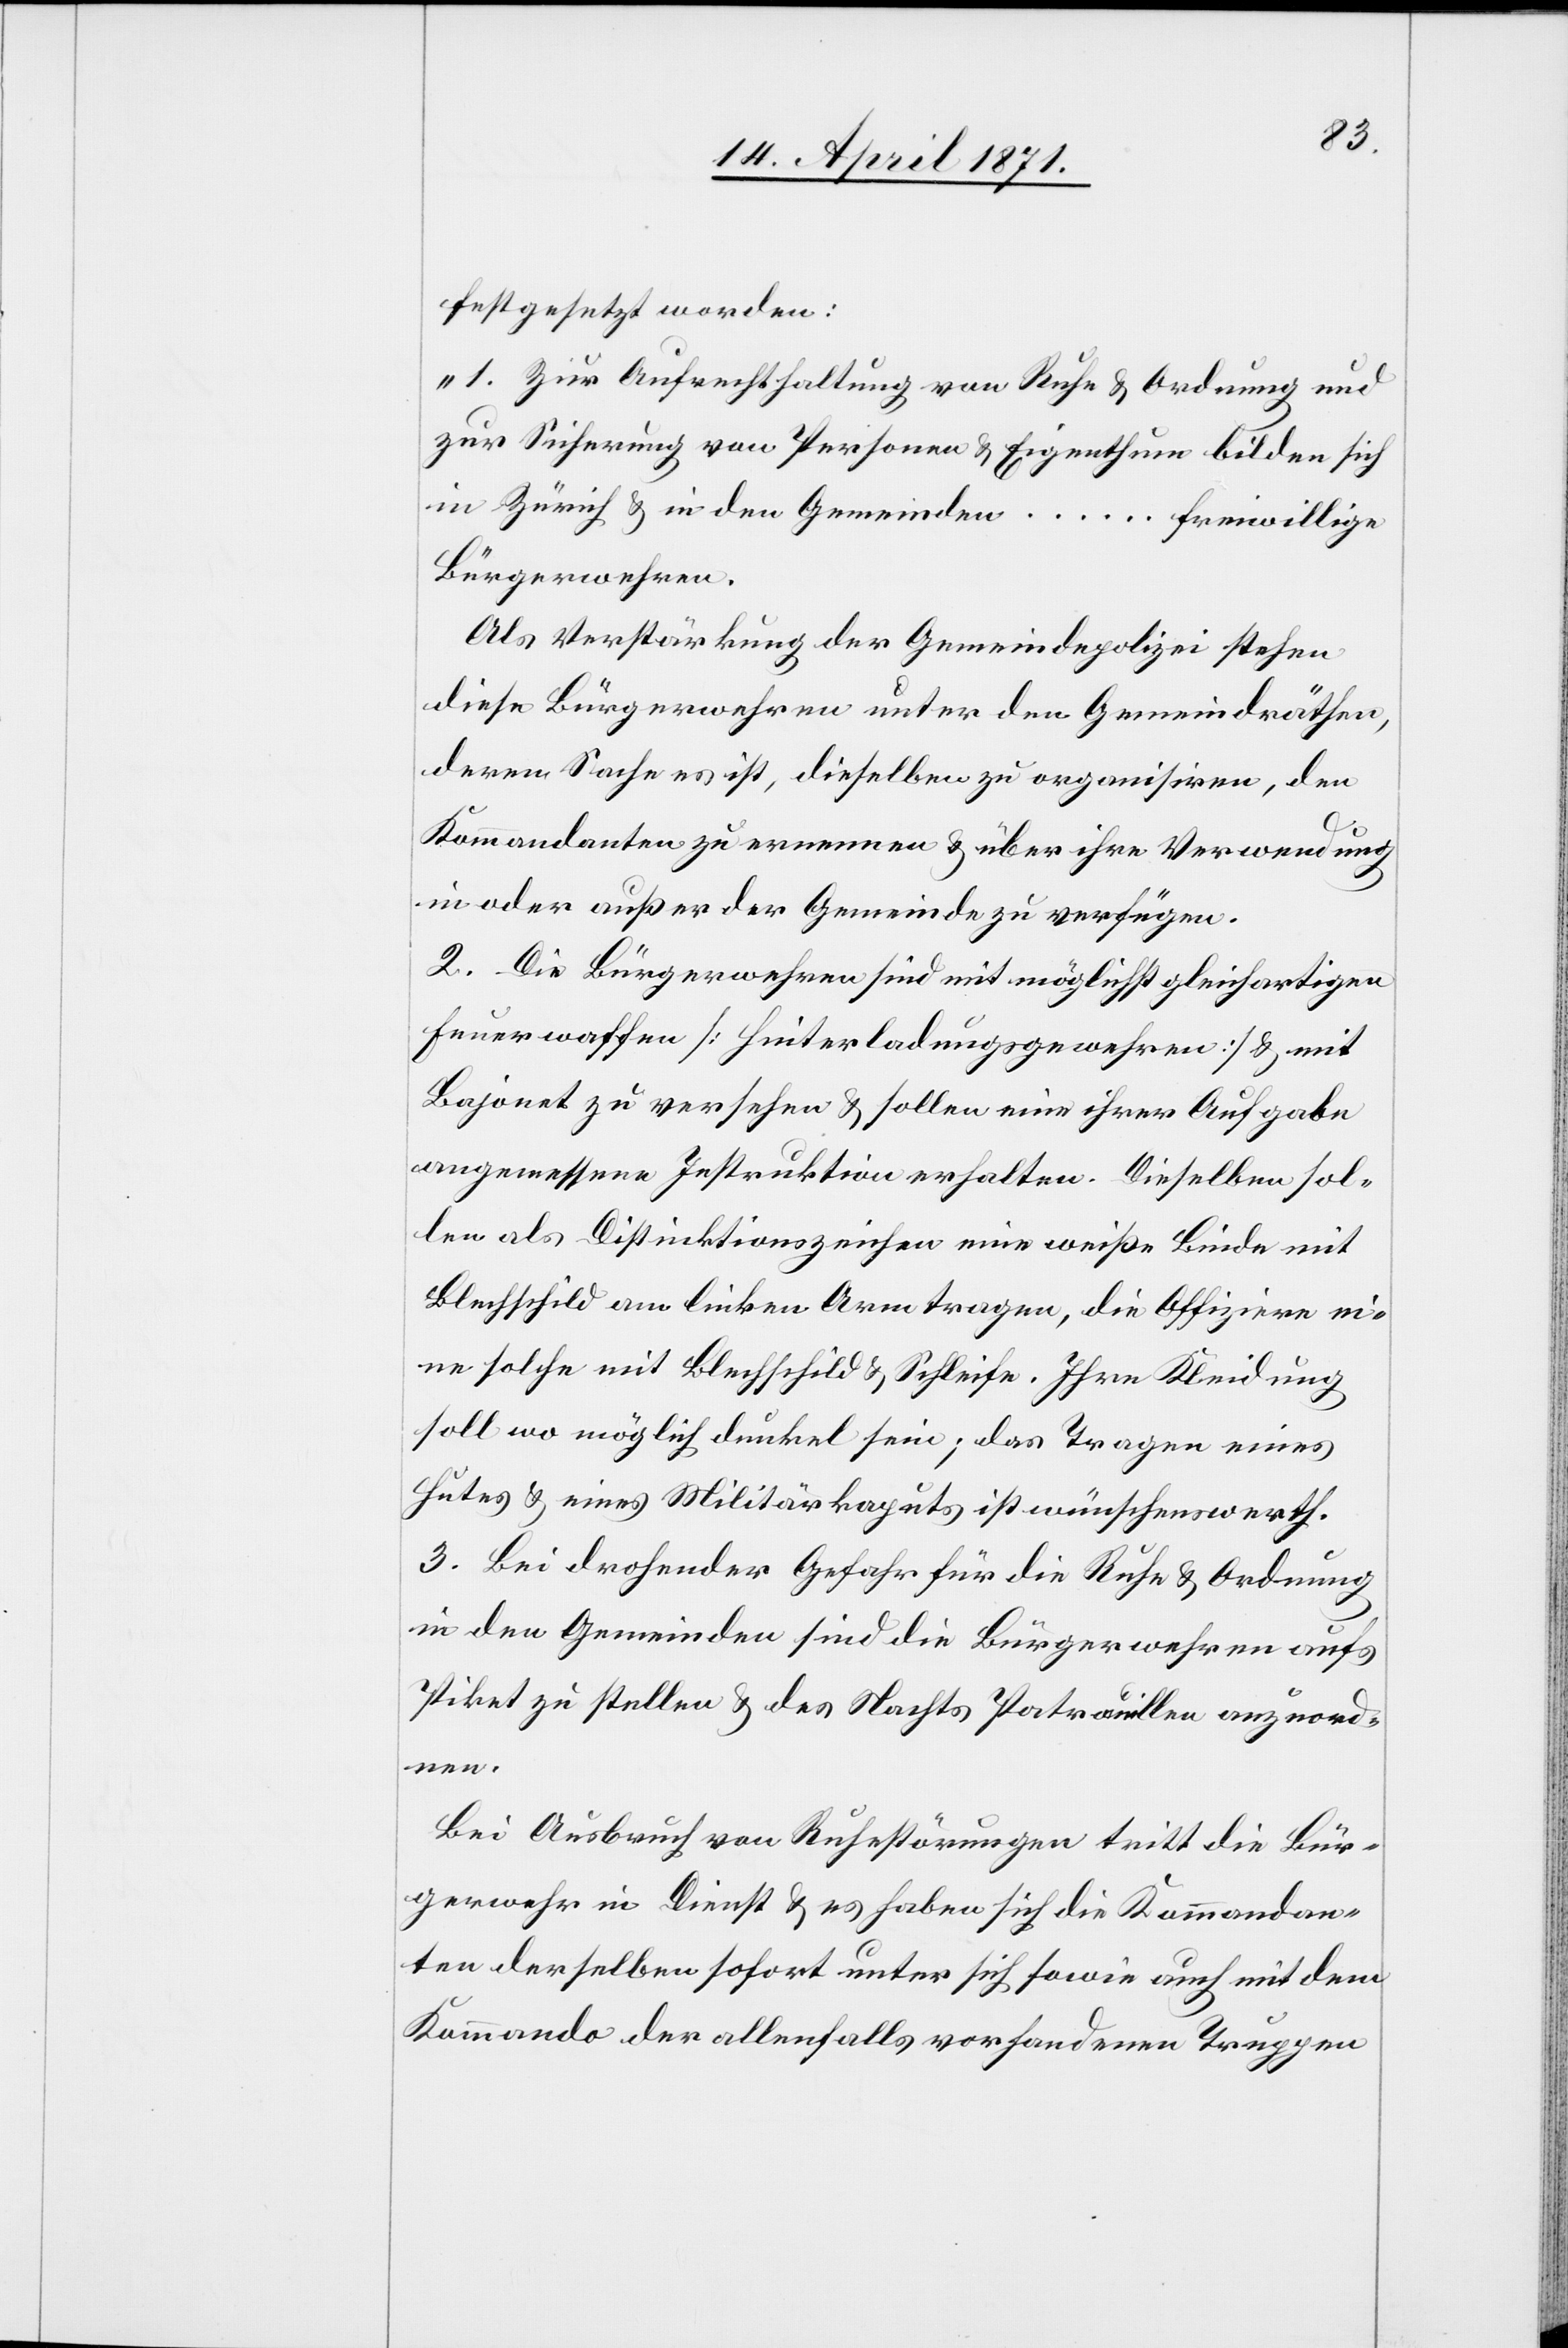
festgesetzt worden:
„1. Zur Aufrechthaltung von Ruhe u. Ordnung und
zur Sicherung von Personen u. Eigenthum bilden sich
in Zürich u. in den Gemeinden … freiwillige
Bürgerwehren.
Als Verstärkung der Gemeindepolizei stehen
diese Bürgerwehren unter den Gemeindräthen,
deren Sache es ist, dieselben zu organisiren, den
Kommandanten zu erneuern u. über ihre Verwendung
in oder außer der Gemeinde zu verfügen.
2. Die Bürgerwehren sind mit möglichst gleichartigen
Feuerwaffen [Hinterladungsgewehren] u. mit
Bajonet zu versehen u. sollen eine ihrer Aufgabe
angemessene Instruktion erhalten. Dieselben sol¬
len als Distinktionszeichen eine weiße Binde mit
Blechschild am linken Arm tragen, die Offiziere ei¬
ne solche mit Blechschild u. Schleife. Ihre Kleidung
soll wo möglich dunkel sein; das Tragen eines
Hutes u. eines Militärkaputs ist wünschenswerth.
3. Bei drohender Gefahr für die Ruhe u. Ordnung
in den Gemeinden sind die Bürgerwehren aufs
Piket zu stellen u. des Nachts Patrouillen anzuord¬
nen.
Bei Ausbruch von Ruhestörungen tritt die Bür¬
gerwehr in Dienst u. es haben sich die Kommandan¬
ten derselben sofort unter sich sowie auch mit dem
Kommando der allenfalls vorhandenen Truppen